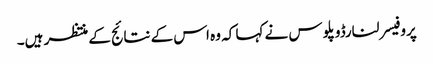
پروفیسر لنارڈوپلوس نے کہا کہ وہ اس کے نتائج کے منتظر ہیں۔